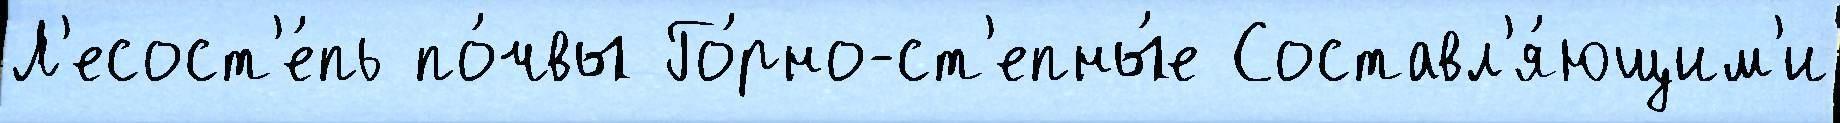
Л'есост'е́пь по́чвы Го́рно-ст'епны́е Составл'я́ющим'и